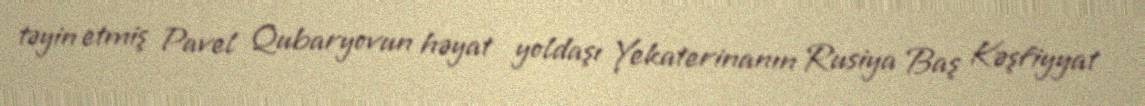
təyin etmiş Pavel Qubaryovun həyat yoldaşı Yekaterinanın Rusiya Baş Kəşfiyyat